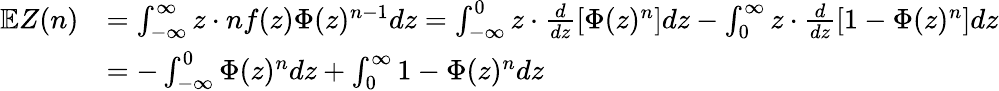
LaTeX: \begin{array}{rl}{\mathbb{E}Z(n)}&{=\int_{-\infty}^{\infty}z\cdot nf(z)\Phi(z)^{n-1}dz=\int_{-\infty}^{0}z\cdot\frac{d}{dz}\left[\Phi(z)^{n}\right]dz-\int_{0}^{\infty}z\cdot\frac{d}{dz}\left[1-\Phi(z)^{n}\right]dz}\\ &{=-\int_{-\infty}^{0}\Phi(z)^{n}dz+\int_{0}^{\infty}1-\Phi(z)^{n}dz}\end{array}